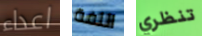
اعداء اللفة تنظري